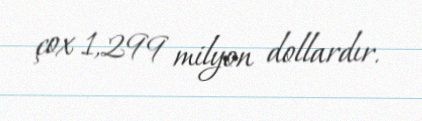
çox 1,299 milyon dollardır.